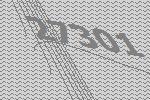
27301